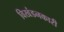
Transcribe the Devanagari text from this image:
विखंडनकारी